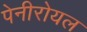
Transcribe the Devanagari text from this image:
पेनीरोयल